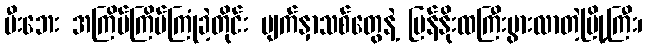
မီးဘေး အကြိမ်ကြိမ်ကြုံခဲ့တိုင်း မျက်နှာသစ်တွေနဲ့ ပြန်နိုးထကြီးပွားလာတဲ့မြို့ကြီး၊